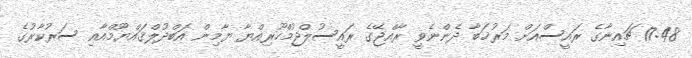
17:48 ޗައިނާގެ ރައީސްއަށް މަރުޚަބާ ދެންނެވީ ރާއްޖޭގެ ރައީސުލްޖުމްހޫރިއްޔާ ޔާމިން އަބްދުލްޤައްޔޫމްއާއި ސަރުކާރުގެ